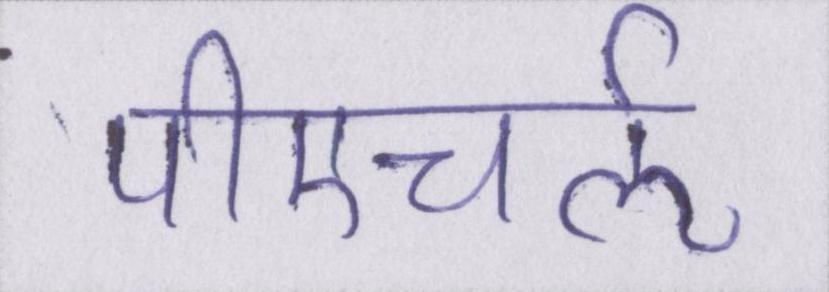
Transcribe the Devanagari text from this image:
पीएचर्ऌ